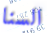
السنا